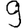
Digit: 9